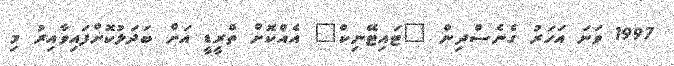
1997 ވަނަ އަހަރު ގެނެސްދިން "ޓައިޓޭނިކް" އެއްކޮށް ތްރީޑީ އަށް ބަދަލުކޮށްފައިވާއިރު މި